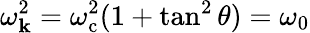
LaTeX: \omega_{\mathbf{k}}^{2}=\omega_{\mathrm{c}}^{2}(1+\tan^{2}\theta)=\omega_{0}